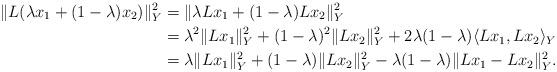
LaTeX: \begin{align*}\lVert L(\lambda x_1 + (1-\lambda)x_2)\rVert^2_Y & = \lVert \lambda Lx_1 +(1-\lambda)Lx_2\rVert^2_Y \\ & = \lambda^2 \lVert Lx_1 \rVert^2_Y + (1-\lambda)^2 \lVert Lx_2\rVert^2_Y + 2\lambda (1-\lambda)\langle Lx_1,Lx_2 \rangle_Y \\&=\lambda \lVert Lx_1 \rVert^2_Y + (1-\lambda) \lVert Lx_2\rVert^2_Y - \lambda (1-\lambda)\lVert Lx_1 - Lx_2 \rVert^2_Y.\end{align*}